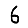
Digit: 6